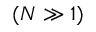
( N \gg 1 )